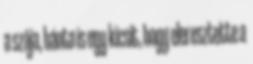
a szája, bánta is egy kicsit, hogy eleresztette a